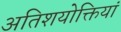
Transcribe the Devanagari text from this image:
अतिशयोक्तियां